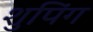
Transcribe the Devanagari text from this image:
शुपिंग